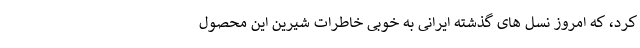
کرد، که امروز نسل های گذشته ایرانی به خوبی خاطرات شیرین این محصول